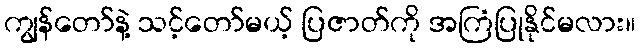
ကျွန်တော်နဲ့ သင့်တော်မယ့် ပြဇာတ်ကို အကြံပြုနိုင်မလား။